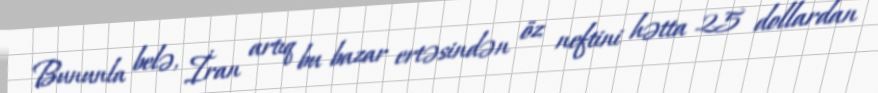
Bununla belə, İran artıq bu bazar ertəsindən öz neftini hətta 25 dollardan